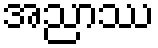
အညာဿ